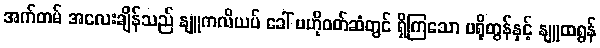
အက်တမ် အလေးချိန်သည် နျူကလိယပ် ခေါ် ဗဟိုဝတ်ဆံတွင် ရှိကြသော ပရိုတွန်နှင့် နျူထရွန်